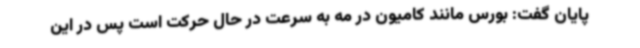
پایان گفت: بورس مانند کامیون در مه به سرعت در حال حرکت است پس در این